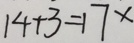
1 4 + 3 = 1 7 \times